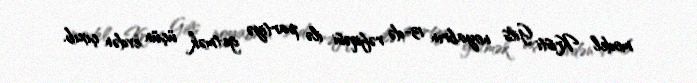
model Kristi Gils noyabrın 13-də rəfiqəsi ilə partiyə getmək üçün evdən çıxıb.